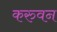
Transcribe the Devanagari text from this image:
करुवन